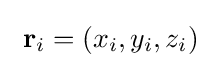
\ \mathbf {r} _{i}=(x_{i},y_{i},z_{i})\